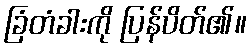
ခြံတံခါးကို ပြန်ပိတ်၏။